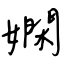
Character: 嫻